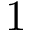
1